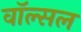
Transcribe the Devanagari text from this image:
वॉल्सल